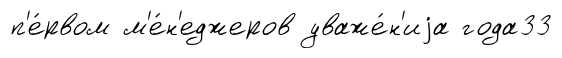
п'е́рвом м'е́н'еджеров уваже́н'иjа года33